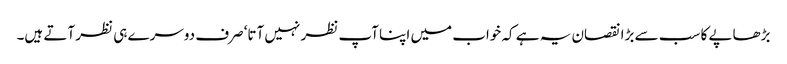
بڑھاپے کا سب سے بڑا نقصان یہ ہے کہ خواب میں اپنا آپ نظر نہیں آتا‘ صرف دوسرے ہی نظر آتے ہیں۔